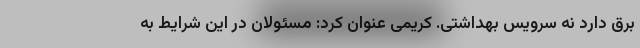
برق دارد نه سرویس بهداشتی. کریمی عنوان کرد: مسئولان در این شرایط به